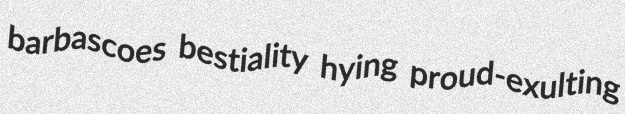
barbascoes bestiality hying proud-exulting